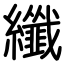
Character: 纖